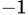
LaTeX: _{-1}